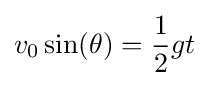
v_{0}\sin(\theta )={\frac {1}{2}}gt